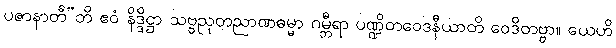
ပဇာနာတီ”တိ ဧဝံ နိဒ္ဒိဋ္ဌာ သဗ္ဗညုတညာဏဓမ္မာ ဂမ္ဘီရာ ပဏ္ဍိတဝေဒနီယာတိ ဝေဒိတဗ္ဗာ။ ယေဟိ